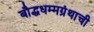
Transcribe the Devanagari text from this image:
बौद्धधम्मग्रंथाची